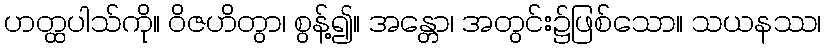
ဟတ္ထပါသ်ကို။ ဝိဇဟိတွာ၊ စွန့်၍။ အန္တော၊ အတွင်း၌ဖြစ်သော။ သယနဿ၊